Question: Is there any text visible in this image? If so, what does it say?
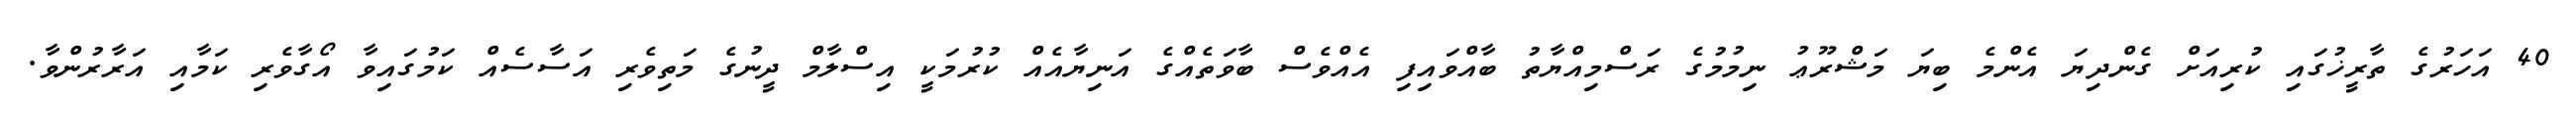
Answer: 40 އަހަރުގެ ތާރީޚުގައި ކުރިއަށް ގެންދިޔަ އެންމެ ބިޔަ މަޝްރޫޢު ނިމުމުގެ ރަސްމިއްޔާތު ބާއްވައިފި އެއްވެސް ބާވަތެއްގެ އަނިޔާއެއް ކުރުމަކީ އިސްލާމް ދީނުގެ މަތިވެރި އަސާސެއް ކަމުގައިވާ އޯގާވެރި ކަމާއި އަރާރުންވާ.